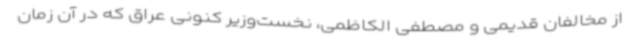
از مخالفان قدیمی و مصطفی الکاظمی، نخست‌وزیر کنونی عراق که در آن زمان